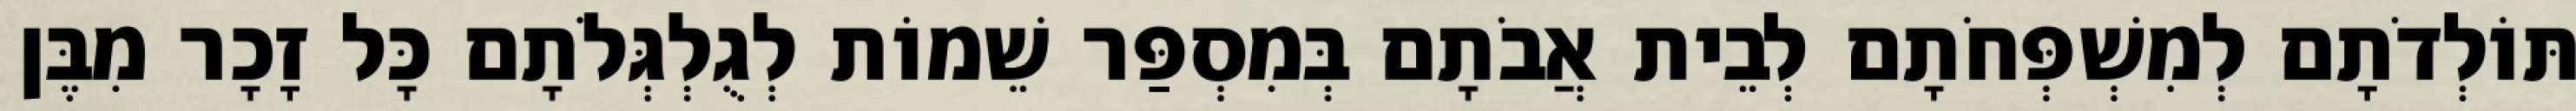
תּוֹלְדֹתָם לְמִשְׁפְּחֹתָם לְבֵית אֲבֹתָם בְּמִסְפַּר שֵׁמוֹת לְגֻלְגְּלֹתָם כָּל זָכָר מִבֶּן